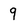
Character: 9